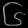
Digit: ၆